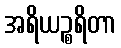
အရိယဉ္စရိတာ